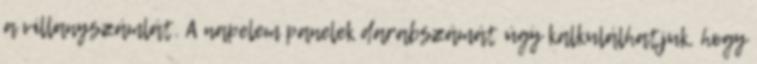
a villanyszámlát. A napelem panelek darabszámát úgy kalkulálhatjuk, hogy